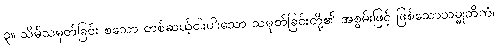
၃။ သိမ်သမုတ်ခြင်း စသော တစ်ဆယ့်ငါးပါးသော သမုတ်ခြင်းတို့၏ အစွမ်းဖြင့် ဖြစ်သောသမ္မုတိကံ၊